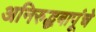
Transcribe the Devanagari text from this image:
अनिरुद्धबापूंचे